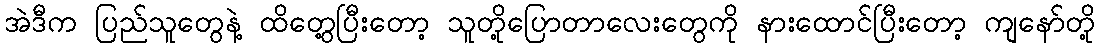
အဲဒီက ပြည်သူတွေနဲ့ ထိတွေ့ပြီးတော့ သူတို့ပြောတာလေးတွေကို နားထောင်ပြီးတော့ ကျနော်တို့